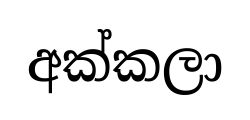
අක්කලා